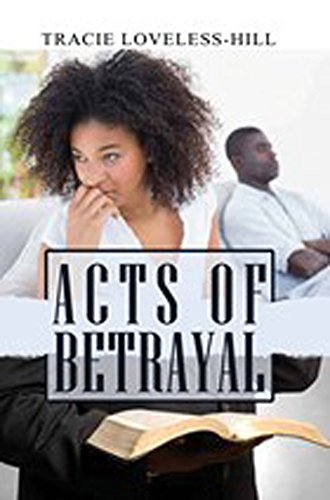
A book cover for Acts of Betrayal (Urban Books); Tracie Loveless-Hill; Literature & Fiction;